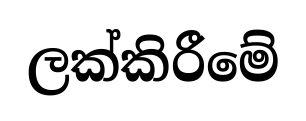
ලක්කිරීමේ